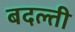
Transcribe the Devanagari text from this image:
बदल्ती